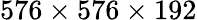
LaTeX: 576\times 576\times 192